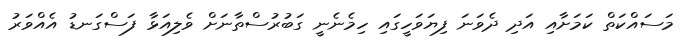
މަސައްކަތް ކަމަށާއި އަދި ދެވަނަ ފިޔަވަހީގައި ހިމެނެނީ ގަބުރުސްތާނަށް ވެލިއަޅާ ފަސްގަނޑު އެއްވަރު